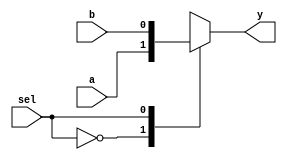
module mux2_to_1 (
    input wire a,         // First input
    input wire b,         // Second input
    input wire sel,       // Select input
    output reg y          // Output
);

// Always block for combinational logic
always @(*) begin
    // Using continuous assignments to define output based on inputs
    case (sel)
        1'b0: y = a;     // If sel is 0, output is a
        1'b1: y = b;     // If sel is 1, output is b
        default: y = 1'bx; // Undefined state
    endcase
end

endmodule